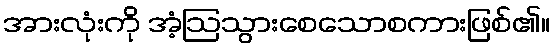
အားလုံးကို အံ့ဩသွားစေသောစကားဖြစ်၏။